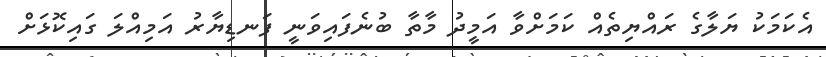
އެކަމަކު ޔަލާގެ ރައްޔިތެއް ކަމަށްވާ އަމީދު މާތާ ބުނެފައިވަނީ ފަނޑިޔާރު އަމިއްލަ ގައިކޮޅަށް